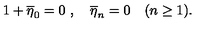
1 + \overline { { \eta } } _ { 0 } = 0 \ , \quad \overline { { \eta } } _ { n } = 0 \quad ( n \ge 1 ) .